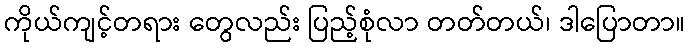
ကိုယ်ကျင့်တရား တွေလည်း ပြည့်စုံလာ တတ်တယ်၊ ဒါပြောတာ။